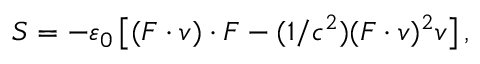
S = - \varepsilon _ { 0 } \left[ ( F \cdot v ) \cdot F - ( 1 / c ^ { 2 } ) ( F \cdot v ) ^ { 2 } v \right] ,